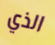
الذي